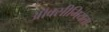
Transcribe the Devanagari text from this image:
ऑक्सीमियता